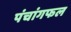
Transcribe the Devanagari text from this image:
पंचांगफल